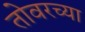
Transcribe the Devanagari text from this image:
तोवरच्या